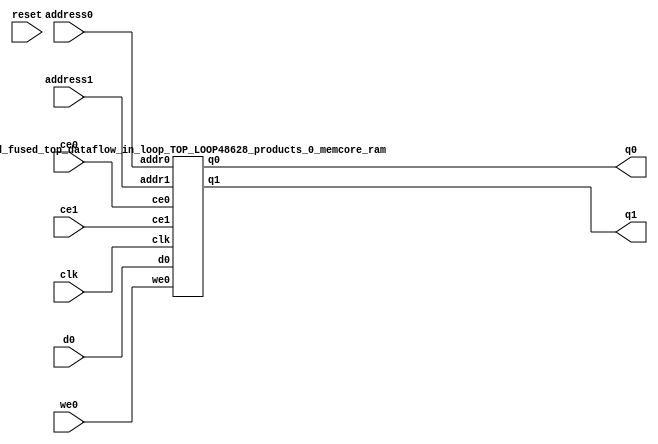
`define EXPONENT 5
`define MANTISSA 10
`define ACTUAL_MANTISSA 11
`define EXPONENT_LSB 10
`define EXPONENT_MSB 14
`define MANTISSA_LSB 0
`define MANTISSA_MSB 9
`define MANTISSA_MUL_SPLIT_LSB 3
`define MANTISSA_MUL_SPLIT_MSB 9
`define SIGN 1
`define SIGN_LOC 15
`define DWIDTH (`SIGN+`EXPONENT+`MANTISSA)
`define IEEE_COMPLIANCE 1

module td_fused_top_dataflow_in_loop_TOP_LOOP48628_products_0_memcore(
    reset,
    clk,
    address0,
    ce0,
    we0,
    d0,
    q0,
    address1,
    ce1,
    q1);

parameter DataWidth = 32'd16;
parameter AddressRange = 32'd32;
parameter AddressWidth = 32'd5;
input reset;
input clk;
input[AddressWidth - 1:0] address0;
input ce0;
input we0;
input[DataWidth - 1:0] d0;
output[DataWidth - 1:0] q0;
input[AddressWidth - 1:0] address1;
input ce1;
output[DataWidth - 1:0] q1;



td_fused_top_dataflow_in_loop_TOP_LOOP48628_products_0_memcore_ram td_fused_top_dataflow_in_loop_TOP_LOOP48628_products_0_memcore_ram_U(
    .clk( clk ),
    .addr0( address0 ),
    .ce0( ce0 ),
    .we0( we0 ),
    .d0( d0 ),
    .q0( q0 ),
    .addr1( address1 ),
    .ce1( ce1 ),
    .q1( q1 )
);

endmodule
module td_fused_top_dataflow_in_loop_TOP_LOOP48628_products_0_memcore_ram (addr0, ce0, d0, we0, q0, addr1, ce1, q1,  clk);

parameter DWIDTH = 16;
parameter AWIDTH = 5;
parameter MEM_SIZE = 32;

input[AWIDTH-1:0] addr0;
input ce0;
input[DWIDTH-1:0] d0;
input we0;
output reg[DWIDTH-1:0] q0;
input[AWIDTH-1:0] addr1;
input ce1;
output reg[DWIDTH-1:0] q1;
input clk;

reg [DWIDTH-1:0] ram[MEM_SIZE-1:0];




always @(posedge clk)  
begin 
    if (ce0) begin
        if (we0) 
            ram[addr0] <= d0; 
        q0 <= ram[addr0];
    end
end


always @(posedge clk)  
begin 
    if (ce1) begin
        q1 <= ram[addr1];
    end
end


endmodule